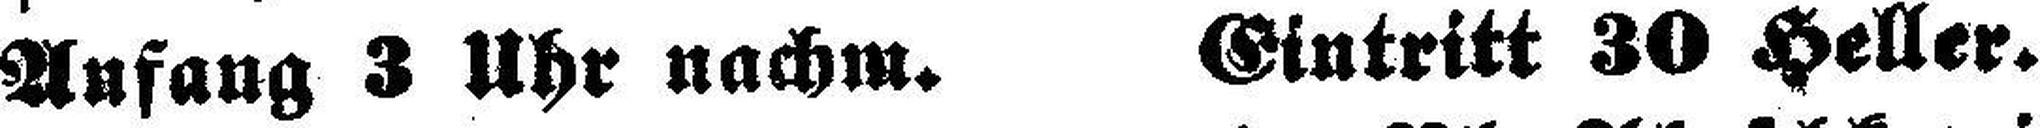
Anfang 3 Uhr nachm. Eintritt 30 Heller.